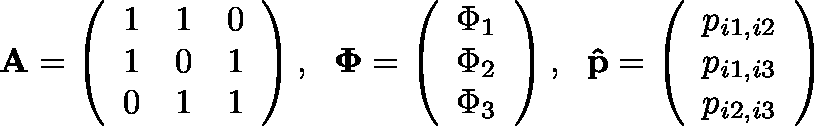
\mathbf { A } = \left( \begin{array} { l l l } { 1 } & { 1 } & { 0 } \\ { 1 } & { 0 } & { 1 } \\ { 0 } & { 1 } & { 1 } \end{array} \right) , \; \ \mathbf { \Phi } = \left( \begin{array} { l } { \Phi _ { 1 } } \\ { \Phi _ { 2 } } \\ { \Phi _ { 3 } } \end{array} \right) , \; \ \mathbf { \hat { p } } = \left( \begin{array} { l } { p _ { i 1 , i 2 } } \\ { p _ { i 1 , i 3 } } \\ { p _ { i 2 , i 3 } } \end{array} \right)